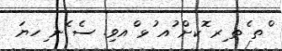
ްތ ެތ ިރ ޮކށް ުއ ުޅ ްއވި. ސެ ެނ ިހޔަ